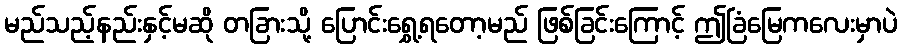
မည်သည့်နည်းနှင့်မဆို တခြားသို့ ပြောင်းရွှေ့ရတော့မည် ဖြစ်ခြင်းကြောင့် ဤခြံမြေကလေးမှာပဲ